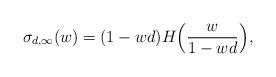
LaTeX: \begin{align*} \sigma_{d,\infty}(w) = (1 - w d) H\Big(\frac{w}{1 - w d}\Big) ,\end{align*}